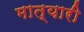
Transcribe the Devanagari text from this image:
मात्यारी